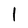
Character: l